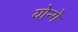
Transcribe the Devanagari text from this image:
योन्गे